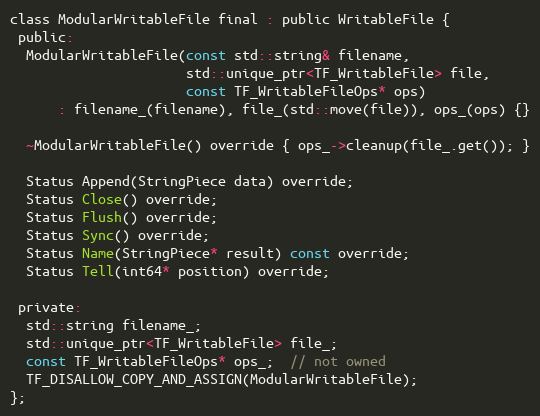
Language: C
class ModularWritableFile final : public WritableFile {
 public:
  ModularWritableFile(const std::string& filename,
                      std::unique_ptr<TF_WritableFile> file,
                      const TF_WritableFileOps* ops)
      : filename_(filename), file_(std::move(file)), ops_(ops) {}

  ~ModularWritableFile() override { ops_->cleanup(file_.get()); }

  Status Append(StringPiece data) override;
  Status Close() override;
  Status Flush() override;
  Status Sync() override;
  Status Name(StringPiece* result) const override;
  Status Tell(int64* position) override;

 private:
  std::string filename_;
  std::unique_ptr<TF_WritableFile> file_;
  const TF_WritableFileOps* ops_;  // not owned
  TF_DISALLOW_COPY_AND_ASSIGN(ModularWritableFile);
};